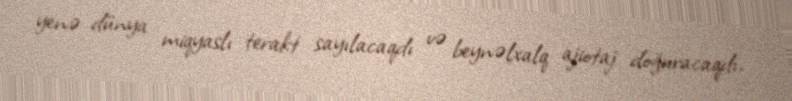
yenə dünya miqyaslı terakt sayılacaqdı və beynəlxalq ajiotaj doğuracaqdı.